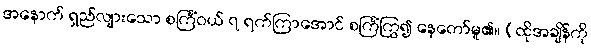
အနောက် ရှည်လျားသော စင်္ကြံဝယ် ၇ ရက်ကြာအောင် စင်္ကြံကြွ၍ နေတော်မူ၏။ (ထိုအချိန်ကို